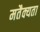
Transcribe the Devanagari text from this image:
मतैक्यता